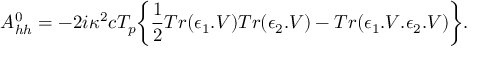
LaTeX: A _ { h h } ^ { 0 } = - 2 i \kappa ^ { 2 } c T _ { p } \bigg \{ { \frac { 1 } { 2 } } T r ( \epsilon _ { 1 } . V ) T r ( \epsilon _ { 2 } . V ) - T r ( \epsilon _ { 1 } . V . \epsilon _ { 2 } . V ) \bigg \} .